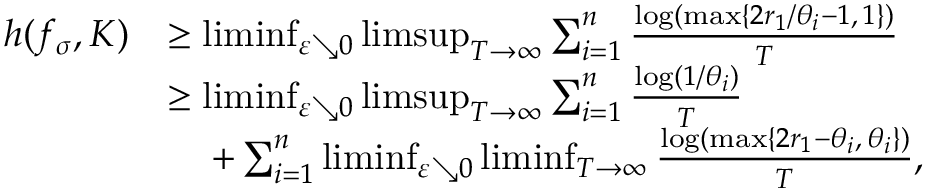
\begin{array} { r l } { h ( f _ { \sigma } , K ) } & { \geq \operatorname* { l i m i n f } _ { \varepsilon \searrow 0 } \operatorname* { l i m s u p } _ { T \to \infty } \sum _ { i = 1 } ^ { n } \frac { \log ( \operatorname* { m a x } \{ 2 r _ { 1 } / \theta _ { i } - 1 , \, 1 \} ) } { T } } \\ & { \geq \operatorname* { l i m i n f } _ { \varepsilon \searrow 0 } \operatorname* { l i m s u p } _ { T \to \infty } \sum _ { i = 1 } ^ { n } \frac { \log ( 1 / \theta _ { i } ) } { T } } \\ & { \quad \, + \sum _ { i = 1 } ^ { n } \operatorname* { l i m i n f } _ { \varepsilon \searrow 0 } \operatorname* { l i m i n f } _ { T \to \infty } \frac { \log ( \operatorname* { m a x } \{ 2 r _ { 1 } - \theta _ { i } , \, \theta _ { i } \} ) } { T } , } \end{array}